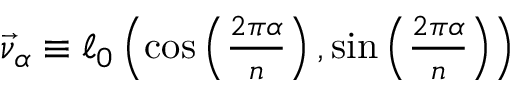
\begin{array} { r } { \vec { \nu } _ { \alpha } \equiv \ell _ { 0 } \left( \cos \left( \frac { 2 \pi \alpha } { n } \right) , \sin \left( \frac { 2 \pi \alpha } { n } \right) \right) } \end{array}